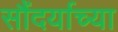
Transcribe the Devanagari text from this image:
सौंदर्याच्या